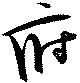
府